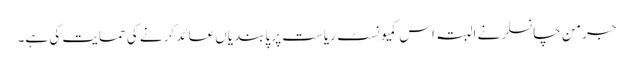
جرمن چانسلر نے البتہ اس کمیونسٹ ریاست پر پابندیاں عائد کرنے کی حمایت کی ہے۔